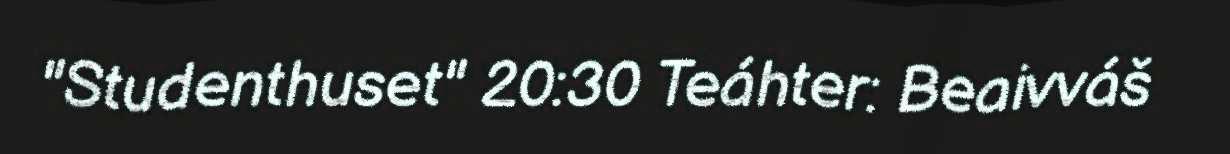
"Studenthuset" 20:30 Teáhter: Beaivváš